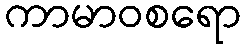
ကာမာဝစရော